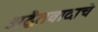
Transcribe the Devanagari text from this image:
अद्वैतवादाचे